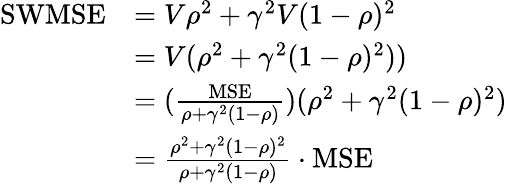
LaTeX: \begin{array}{rl}{\mathrm{SWMSE}}&{=V\rho^{2}+\gamma^{2}V(1-\rho)^{2}}\\ &{=V(\rho^{2}+\gamma^{2}(1-\rho)^{2}))}\\ &{=(\frac{\mathrm{MSE}}{\rho+\gamma^{2}(1-\rho)})(\rho^{2}+\gamma^{2}(1-\rho)^{2})}\\ &{=\frac{\rho^{2}+\gamma^{2}(1-\rho)^{2}}{\rho+\gamma^{2}(1-\rho)}\cdot\mathrm{MSE}}\end{array}